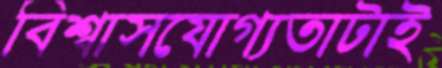
বিশ্বাসযোগ্যতাটাই